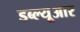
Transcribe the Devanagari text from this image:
डब्‍ल्‍यूआर